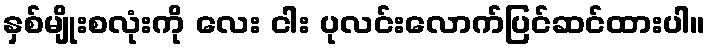
နှစ်မျိုးစလုံးကို လေး ငါး ပုလင်းလောက်ပြင်ဆင်ထားပါ။